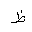
Letter: _za